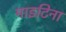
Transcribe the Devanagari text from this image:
माइटिना